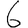
Digit: 6